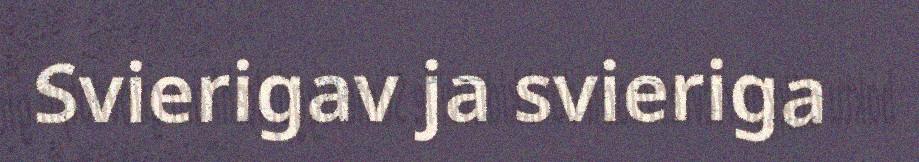
Svierigav ja svieriga